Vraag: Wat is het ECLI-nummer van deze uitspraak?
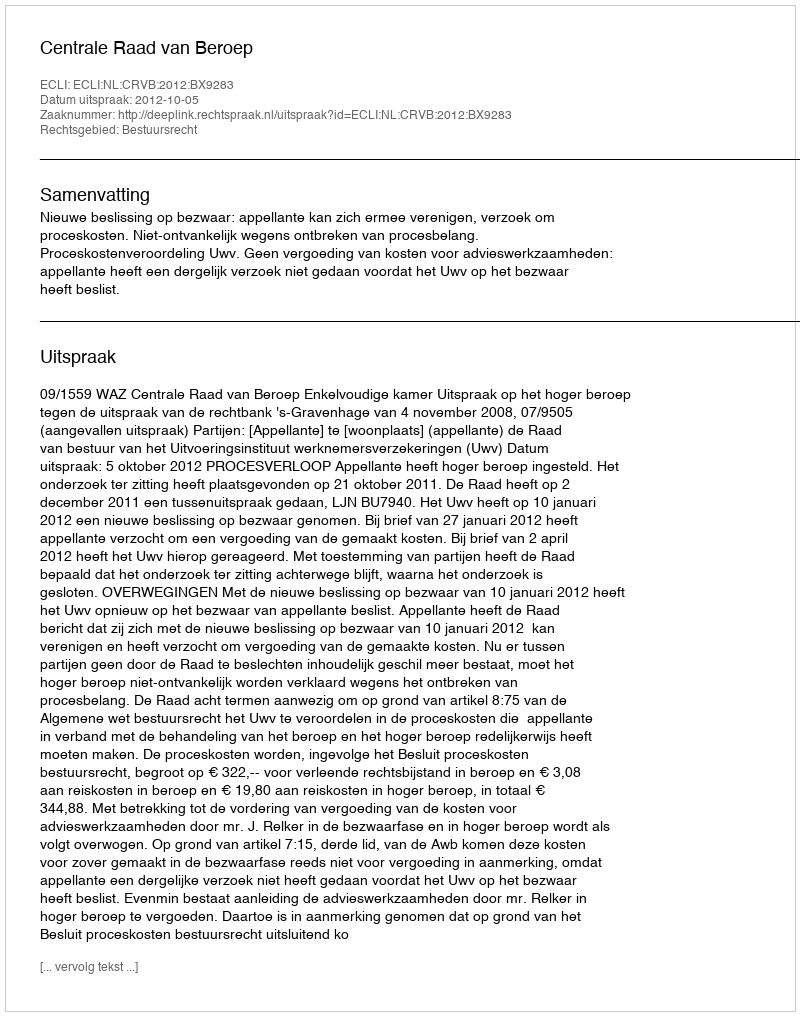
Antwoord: ECLI:NL:CRVB:2012:BX9283